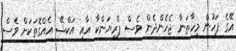
އޭގެ ފަހުން މިހާތަނާ ޖެހެންދެން ވެސް ޕްރިޔަންކާ އާއި އަކްޝޭ އެއްގޮތަކަށް ވެސް